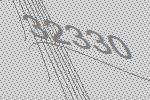
32330